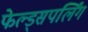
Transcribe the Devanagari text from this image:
फेल्ड्सपर्लिंग